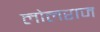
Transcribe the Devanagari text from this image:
लोलराज